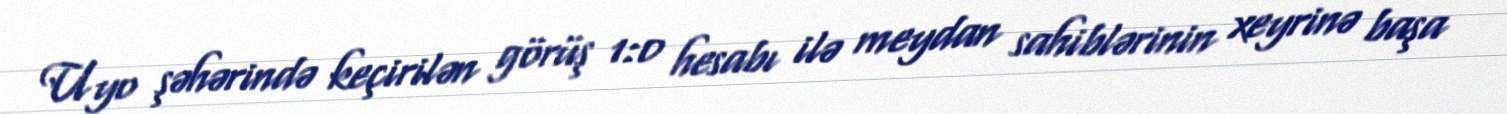
Uyo şəhərində keçirilən görüş 1:0 hesabı ilə meydan sahiblərinin xeyrinə başa